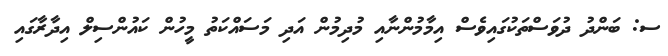
ސ: ބަންދު ދުވަސްތަކުގައިވެސް އިމާމުންނާއި މުދިމުން އަދި މަސައްކަތު މީހުން ކައުންސިލް އިދާރާގައި